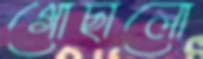
গোছালো